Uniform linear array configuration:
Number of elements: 12
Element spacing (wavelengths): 0.5
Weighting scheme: hamming
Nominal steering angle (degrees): -45
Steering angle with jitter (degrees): -46.834
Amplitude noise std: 0.05
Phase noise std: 0.05

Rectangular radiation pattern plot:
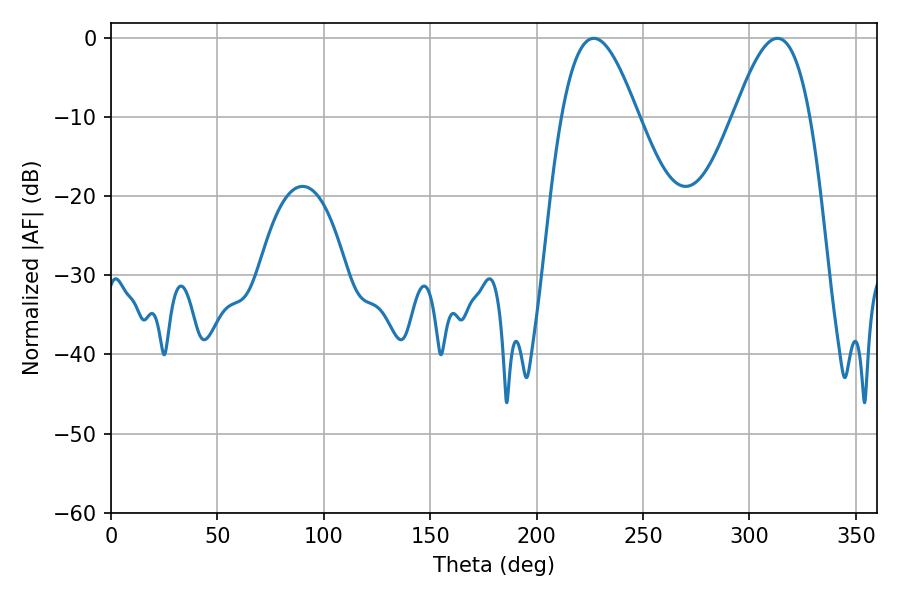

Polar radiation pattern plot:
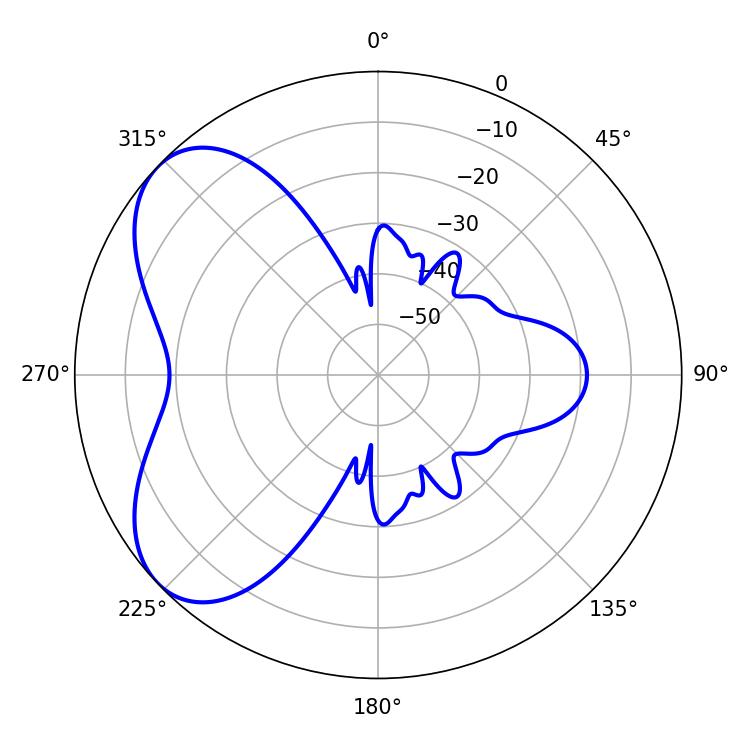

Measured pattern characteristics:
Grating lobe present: FALSE
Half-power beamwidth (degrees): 19.44
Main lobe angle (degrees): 226.8